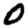
Digit: 0